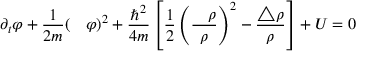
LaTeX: \partial _ { t } \varphi + \frac { 1 } { 2 m } ( { \mathrm { \boldmath ~ \nabla ~ } } \varphi ) ^ { 2 } + \frac { \hbar ^ { 2 } } { 4 m } \left[ \frac { 1 } { 2 } \left( \frac { { \mathrm { \boldmath ~ \nabla ~ } } \rho } { \rho } \right) ^ { 2 } - \frac { \triangle \rho } { \rho } \right] + U = 0